Indian journal of veterinary science and animal husbandry - Volumes 18-21, 1948-1951
Year: 1948
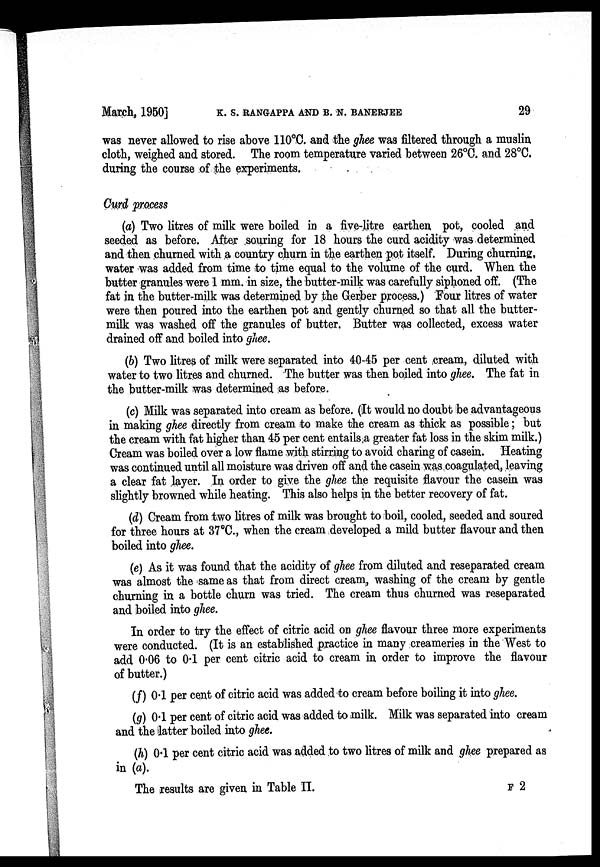
March, 1950] K. S. RANGAPPA AND B. N. BANERJEE 29
was never allowed to rise above 110°C. and the ghee was filtered through a muslin
cloth, weighed and stored. The room temperature varied between 26°C. and 28°C.
during the course of the experiments.
Curd process
(a) Two litres of milk were boiled in a five-litre earthen pot, cooled and
seeded as before. After souring for 18 hours the curd acidity was determined
and then churned with a country churn in the earthen pot itself. During churning,
water was added from time to time equal to the volume of the curd. When the
butter granules were 1 mm. in size, the butter-milk was carefully siphoned off. (The
fat in the butter-milk was determined by the Gerber process.) Four litres of water
were then poured into the earthen pot and gently churned so that all the butter-
milk was washed off the granules of butter. Butter was collected, excess water
drained off and boiled into ghee.
(b) Two litres of milk were separated into 40-45 per cent cream, diluted with
water to two litres and churned. The butter was then boiled into ghee. The fat in
the butter-milk was determined as before.
(c) Milk was separated into cream as before. (It would no doubt be advantageous
in making ghee directly from cream to make the cream as thick as possible; but
the cream with fat higher than 45 per cent entails a greater fat loss in the skim milk.)
Cream was boiled over a low flame with stirring to avoid charing of casein. Heating
was continued until all moisture was driven off and the casein was coagulated, leaving
a clear fat layer. In order to give the ghee the requisite flavour the casein was
slightly browned while heating. This also helps in the better recovery of fat.
(d) Cream from two litres of milk was brought to boil, cooled, seeded and soured
for three hours at 37°C., when the cream developed a mild butter flavour and then
boiled into ghee.
(e) As it was found that the acidity of ghee from diluted and reseparated cream
was almost the same as that from direct cream, washing of the cream by gentle
churning in a bottle churn was tried. The cream thus churned was reseparated
and boiled into ghee.
In order to try the effect of citric acid on ghee flavour three more experiments
were conducted. (It is an established practice in many creameries in the West to
add 0.06 to 0.1 per cent citric acid to cream in order to improve the flavour
of butter.)
(f) 0.1 per cent of citric acid was added to cream before boiling it into ghee.
(g) 0.1 per cent of citric acid was added to milk. Milk was separated into cream
and the latter boiled into ghee.
(h) 0.1 per cent citric acid was added to two litres of milk and ghee prepared as
in (a).
The results are given in Table II.
F
2